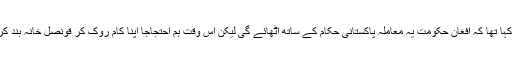
انہوں نے کہا تھا کہ افغان حکومت یہ معاملہ پاکستانی حکام کے ساتھ اٹھائے گی لیکن اس وقت ہم احتجاجاً اپنا کام روک کر قونصل خانہ بند کررہے ہیں۔